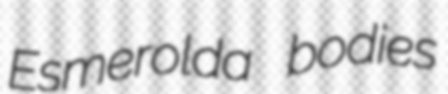
Esmerolda bodies